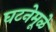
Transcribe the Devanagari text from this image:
घटनेमूळे